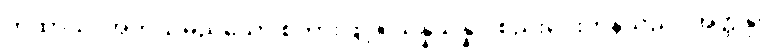
ကထာယ၊ အဘယ်မည်သော စကားဖြင့်။ သန္နိသိန္နာ၊ စည်းဝေးကုန်သည်။ အတ္ထနု၊